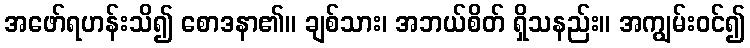
အဖော်ရဟန်းသိ၍ စောဒနာ၏။ ချစ်သား၊ အဘယ်စိတ် ရှိသနည်း။ အကျွမ်းဝင်၍